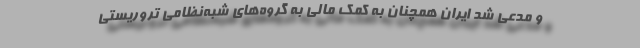
و مدعی شد ایران همچنان به کمک مالی به گروه‌های شبه‌نظامی تروریستی